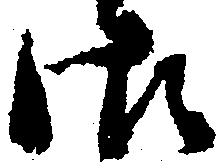
御